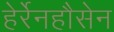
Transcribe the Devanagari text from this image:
हेर्रेनहौसेन